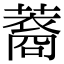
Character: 䕍